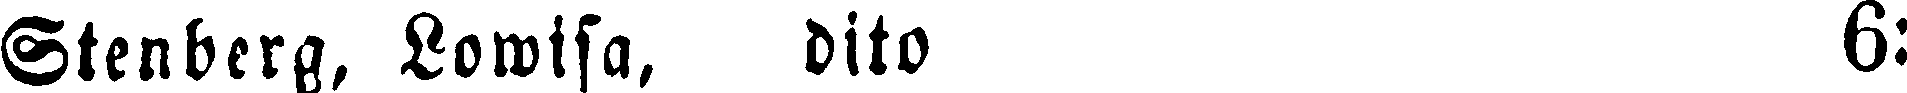
Stenberg, Lowisa, dito 6: